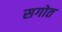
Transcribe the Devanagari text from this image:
सगोत